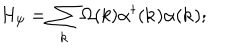
LaTeX: H _ { \psi } = \sum _ { \bf k } \Omega ( k ) { \alpha } ^ { \dagger } ( { \bf k } ) { \alpha } ( { \bf k } ) ;